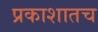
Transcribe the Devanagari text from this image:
प्रकाशातच